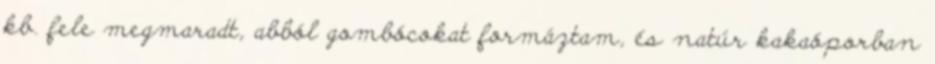
kb. fele megmaradt, abból gombócokat formáztam, és natúr kakaóporban